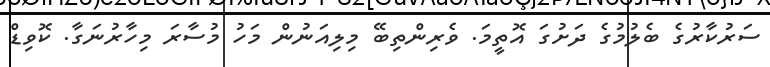
ސަރުކާރުގެ ބެލުމުގެ ދަށުގަ އޮތީމަ. ވެރިންތިބޭ މިލިއަނުން މަހު މުސާރަ މިހާރުނަގާ. ކޮވިޑް